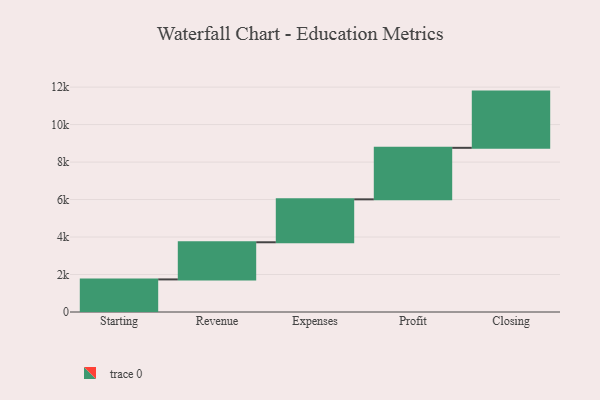
{"axis": {"x": "Step", "y": "Value"}, "legend": [""], "data": [{"x": "Starting", "y": 1739.0, "type": ""}, {"x": "Revenue", "y": 1982.0, "type": ""}, {"x": "Expenses", "y": 2291.0, "type": ""}, {"x": "Profit", "y": 2749.0, "type": ""}, {"x": "Closing", "y": 3000, "type": ""}]}